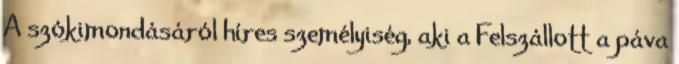
A szókimondásáról híres személyiség, aki a Felszállott a páva